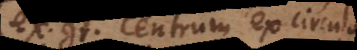
ex. gr. centrum ex circulo